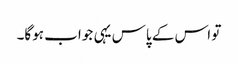
تو اس کے پاس یہی جواب ہوگا۔